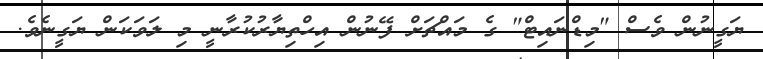
ޔަގީނުން ވެސް "މިޑްނައިޓް" ގެ މައްޗަށް ފޭނުން އިހްތިޔާރުކުރާނީ މި ލަވަކަން ޔަގީނެވެ.